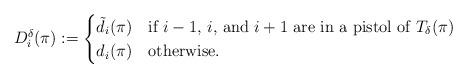
LaTeX: \begin{align*} D_i^{\delta}(\pi) := \begin{cases} \tilde d_i(\pi) & \textup{if $i-1$, $i$, and $i+1$ are in a pistol of $T_\delta(\pi)$}\\ d_i(\pi) & \textup{otherwise.}\end{cases}\end{align*}